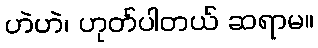
ဟဲဟဲ၊ ဟုတ်ပါတယ် ဆရာမ။